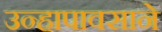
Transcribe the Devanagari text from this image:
उन्हापावसाने